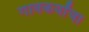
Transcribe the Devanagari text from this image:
गावकर्यांचा